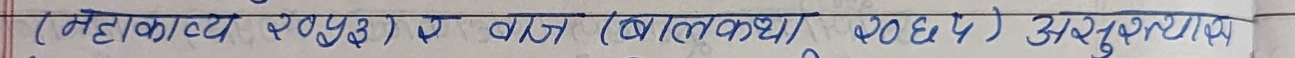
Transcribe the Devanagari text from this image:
(महाकाव्य सयुङ) ख वर्ग (बालकथा) २०२२) असुरक्षित